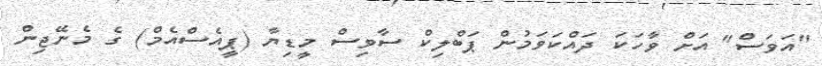
"އަވަސް" އަށް ވާހަކަ ދައްކަވަމުން ޕަބްލިކް ސާވިސް މީޑިޔާ (ޕީއެސްއެމް) ގެ މެނޭޖިން